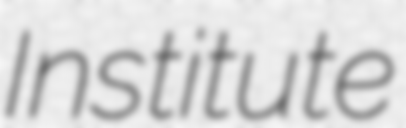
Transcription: Institute